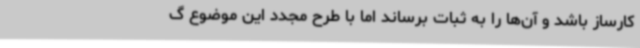
کارساز باشد و آن‌ها را به ثبات برساند اما با طرح مجدد این موضوع گ